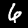
Label: 6